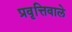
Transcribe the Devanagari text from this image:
प्रवृत्तिवाले